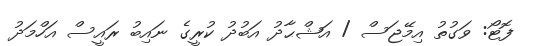
ފޮޓޯ: ވަގުތު އިމޭޖަސް / އަޝްޙާދު އަބުދު ކުރީގެ ނައިބު ރައީސް އަހްމަދު